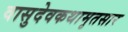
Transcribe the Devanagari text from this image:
वासुदेवकथामृतसार